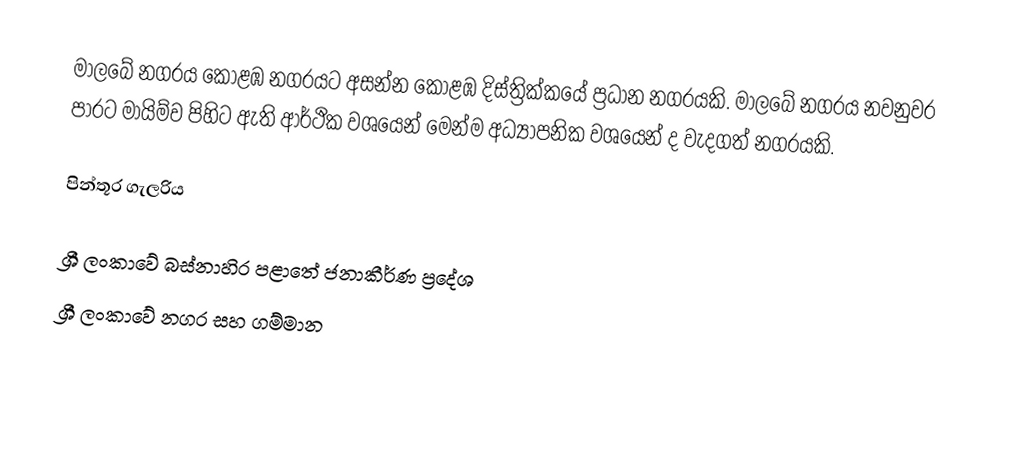
මාලබේ නගරය කොළඹ නගරයට අසන්න කොළඹ දිස්ත්‍රික්කයේ ප්‍රධාන නගරයකි. මාලබේ නගරය නවනුවර පාරට මායිම්ව පිහිට ඇති ආර්ථික වශයෙන් මෙන්ම අධ්‍යාපනික වශයෙන් ද වැදගත් නගරයකි.

පින්තූර ගැලරිය

ශ්‍රී ලංකාවේ බස්නාහිර පළාතේ ජනාකීර්ණ ප්‍රදේශ
ශ්‍රී ලංකාවේ නගර සහ ගම්මාන